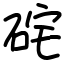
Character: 𥒈